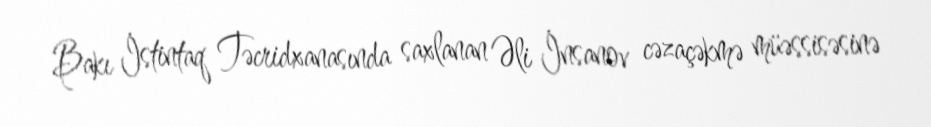
Bakı İstintaq Təcridxanasında saxlanan Əli İnsanov cəzaçəkmə müəssisəsinə